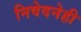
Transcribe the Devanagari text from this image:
निवेदनेही